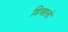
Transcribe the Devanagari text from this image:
डिआलो